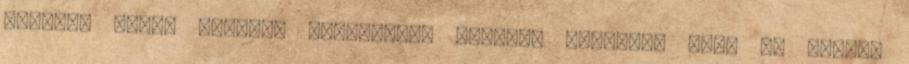
iskolai évről készült értesítője továbbá rámutat, hogy az életét